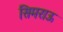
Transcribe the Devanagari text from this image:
सिमराऊ